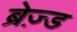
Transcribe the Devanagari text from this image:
ब्रेज़्ड